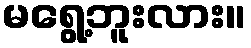
မရွေ့ဘူးလား။